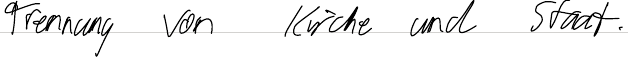
Trennung von Kirche und Staat.